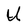
Character: U